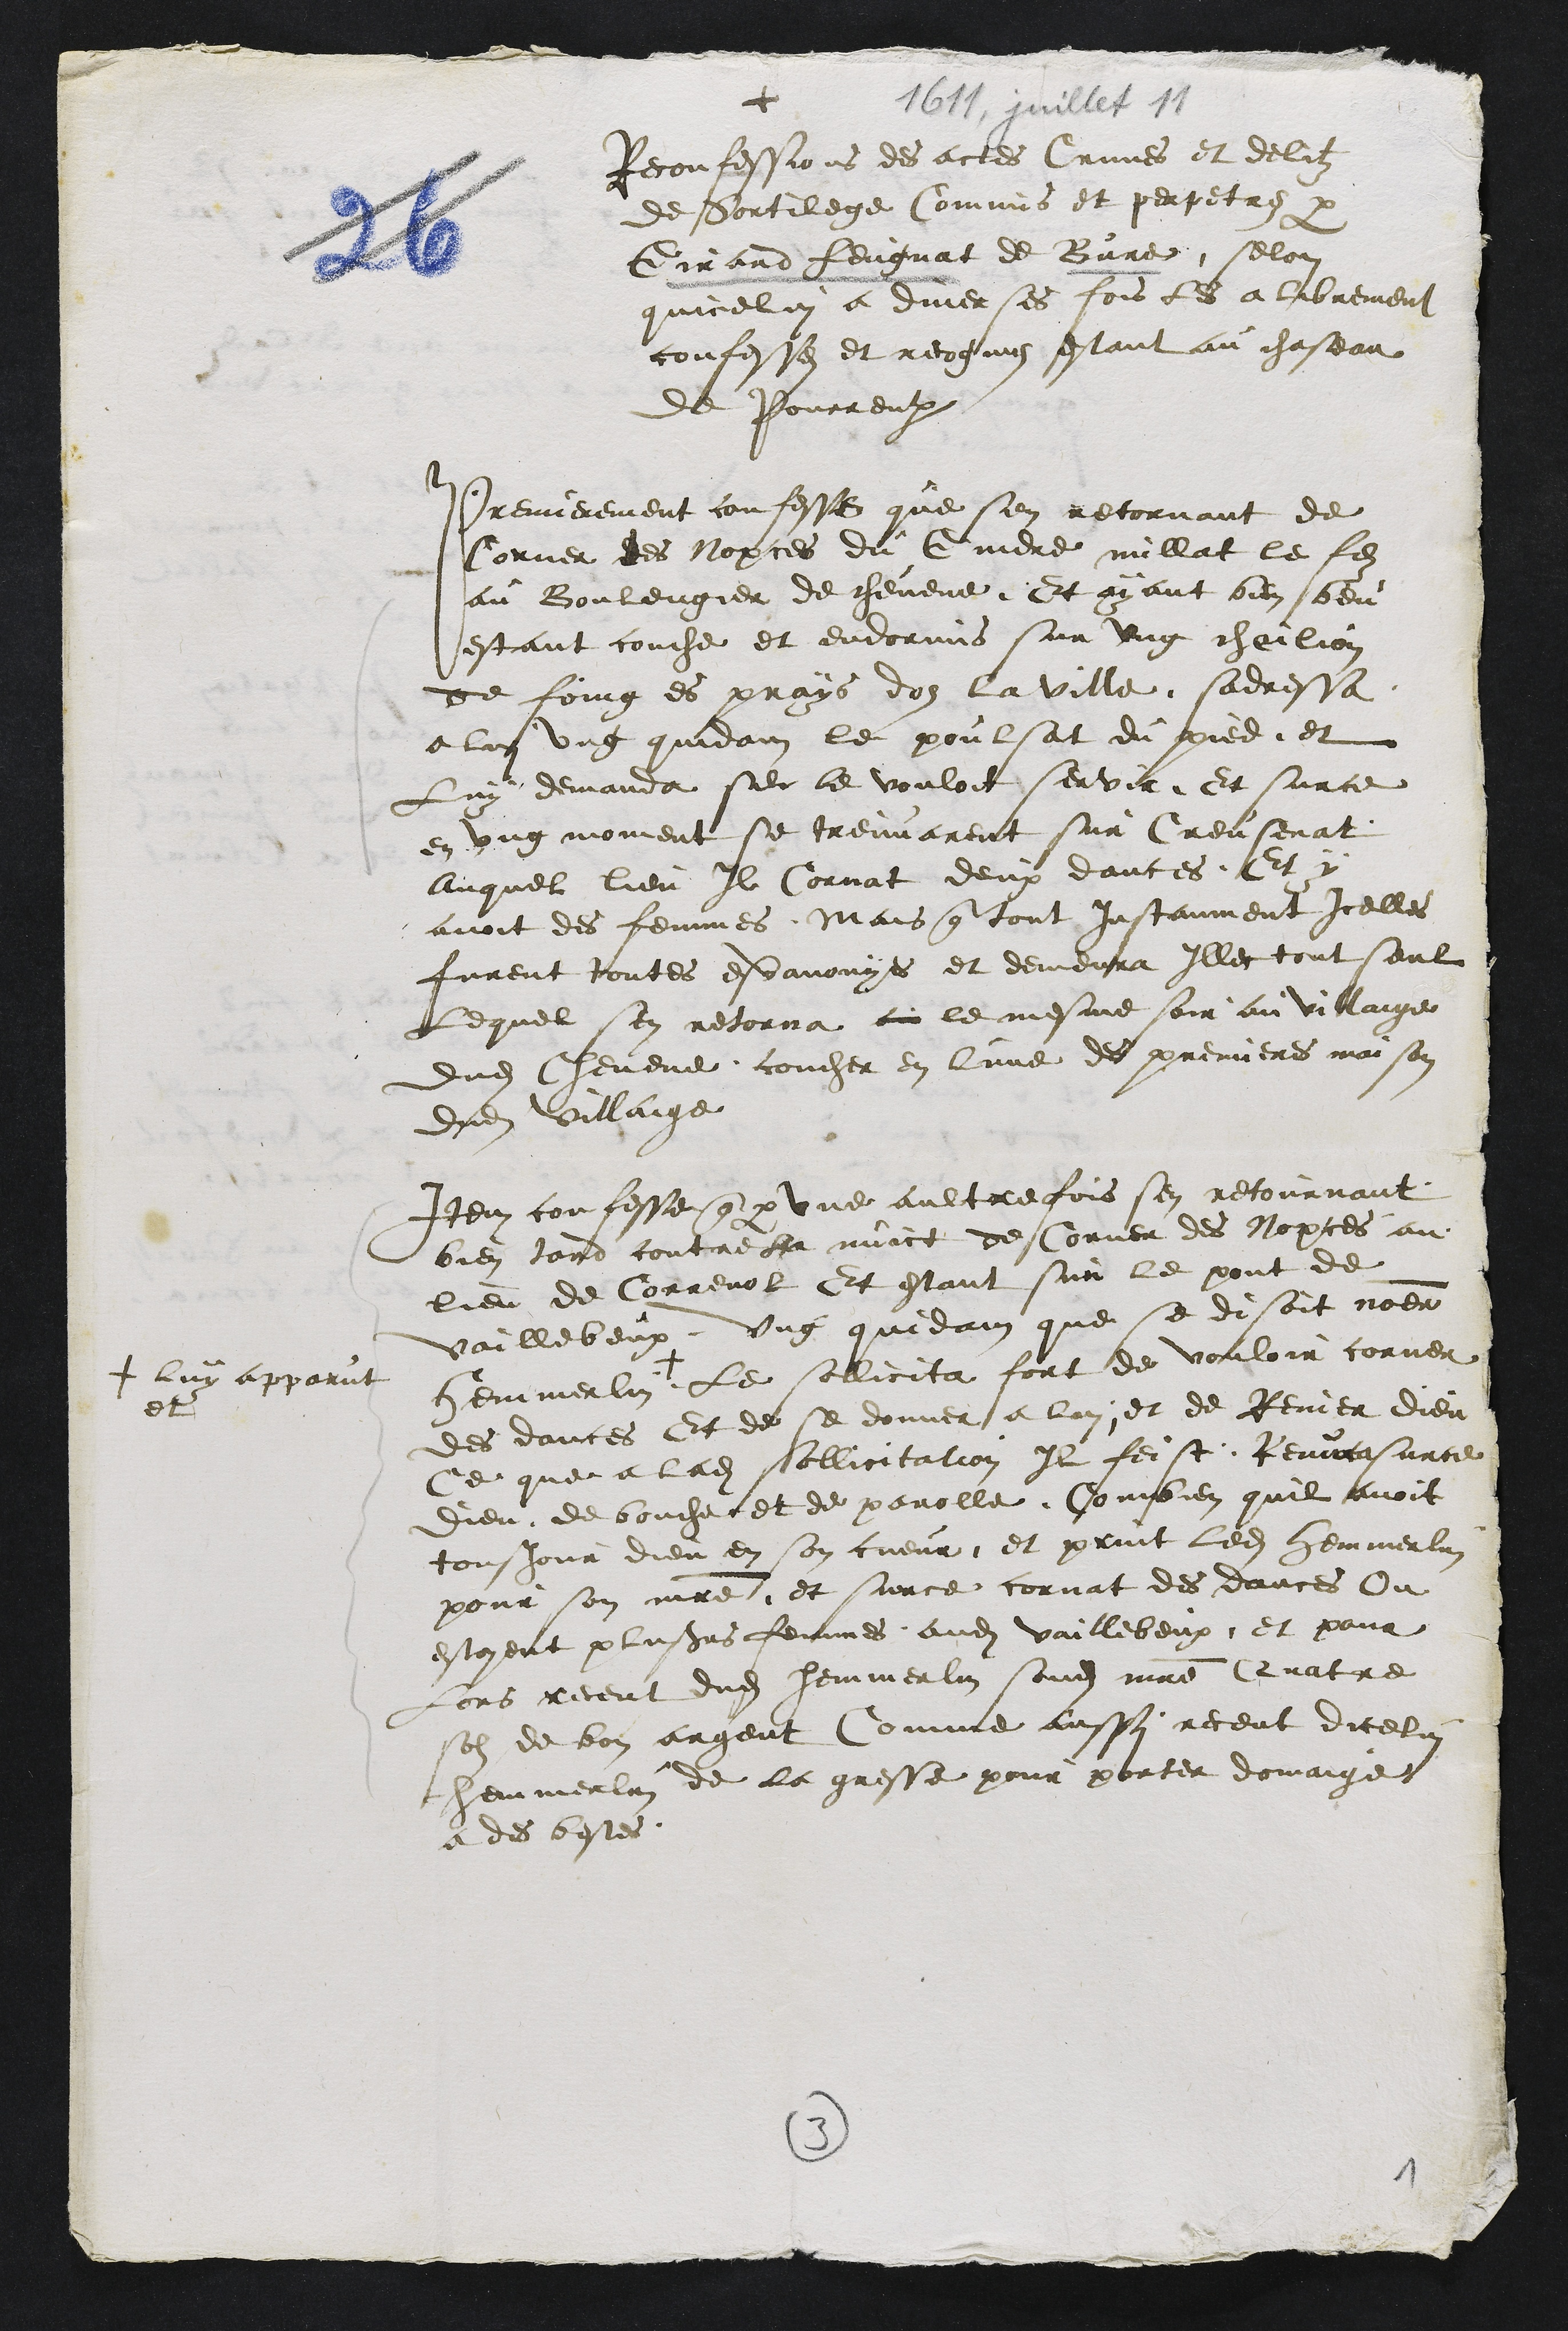
+
Reconfessions des actes Crimes et delitz
de Sortilege Commis et perpetres par
Girard feugnat de Bure, selon
quicelui a diverses fois les a librement
confesses et recognus estant au chasteau
de Pourrentruy
Premierement confesse que sen retornant de
Corner des Nopces du Gendre millat le filz
au Boulengier de chevene Et ayant bien beu
estant couche et endormis sur ung chailion
de foing es prays doz la ville sadressa
a lui ung quidam le poulsat du pied, et
Luy demanda se le vouloit servir Et surce
en ung moment se treuvarent sur Creusenat
Auquel lieu Il Cornat deux dances. Et y
avoit des femmes, Mais que tout instanment icelles
furent toutes esvanouyes et demeura Illec tout seul
Lequel sen retorna au le mesme soir au villaige
dudit Chevene coucher en lune des premieres maison
dudit villaige
Item confesse que par une aultre fois sen retournant
bien tard contre nuict de Corner des Nopces au
lieu de Correnol Et estant sur le pont de
Voillebeux, ung quidam que se disoit nommer
Hemmerlin
+ luy apparut
et
le solicita fort de vouloir corner
des dances Et de se donner a lui et de Renier dieu
ce que a ladite sollicitation Il feist Renunca sur ce
Dieu de bouche et de parolle Combien quil avoit
tousjour dieu en son cueur, et print ledit Hemmerlin
pour son maitre, et surce cornat des dances Ou
estoient plusieurs femmes audit Voillebeux, et pour
Lors receut dudit Hemmerlin sondit maitre Quatre
solz de bon argent Comme aussy receut dicelui
hemmerlin de la gresse pour porter domaige
a des bestes.

3
1